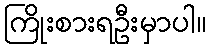
ကြိုးစားရဦးမှာပါ။